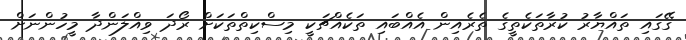
ގޭގައި ތައްޔާރު ކުރާތަކެތީގެ ތެރެއިން އެއްބައި ތަކެއްޗަކީ މިސްކިތްތަކަށް ރޯދަ ވިއްލަންދާ މީހުންނަށް